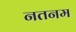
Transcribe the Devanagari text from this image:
नतनम